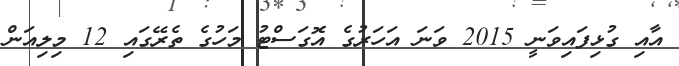
އާއި ގުޅިފައިވަނީ 2015 ވަނަ އަހަރުގެ އޮގަސްޓު މަހުގެ ތެރޭގައި 12 މިލިއަން